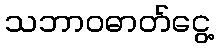
သဘာဝဓာတ်ငွေ့